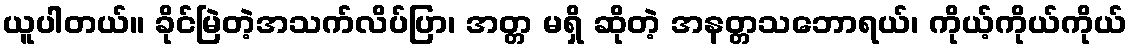
ယူပါတယ်။ ခိုင်မြဲတဲ့အသက်လိပ်ပြာ၊ အတ္တ မရှိ ဆိုတဲ့ အနတ္တသဘောရယ်၊ ကိုယ့်ကိုယ်ကိုယ်